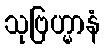
သုဗြဟ္မာနံ